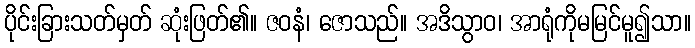
ပိုင်းခြားသတ်မှတ် ဆုံးဖြတ်၏။ ဇဝနံ၊ ဇောသည်။ အဒိသွာဝ၊ အာရုံကိုမမြင်မူ၍သာ။